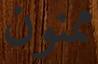
ممنون